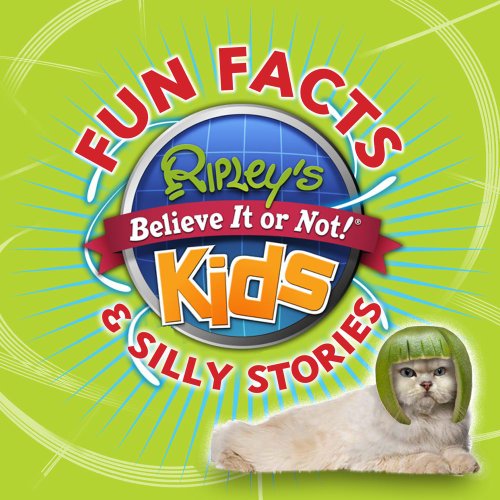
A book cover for Ripley's Fun Facts & Silly Stories 1; Ripley's Believe It Or Not; Children's Books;